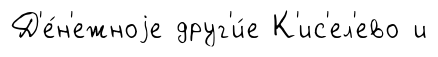
Д'е́н'ежноjе друг'и́е К'ис'ел'ево и